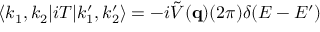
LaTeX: \langle k _ { 1 } , k _ { 2 } | i T | k _ { 1 } ^ { \prime } , k _ { 2 } ^ { \prime } \rangle = - i \tilde { V } ( { \bf q } ) ( 2 \pi ) \delta ( E - E ^ { \prime } )